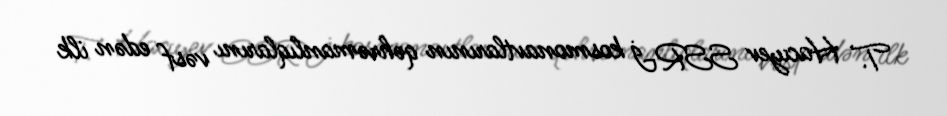
T. Hacıyev SSRİ kosmonavtlarının qəhrəmanlıqlarını vəsf edən ilk